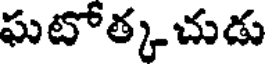
ఘటోత్కచుడు